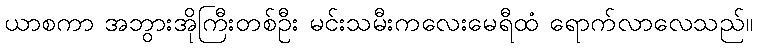
ယာစကာ အဘွားအိုကြီးတစ်ဦး မင်းသမီးကလေးမေရီထံ ရောက်လာလေသည်။